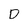
Character: D